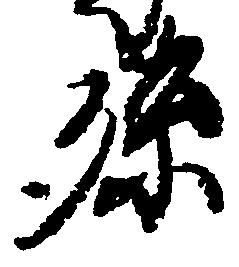
孫